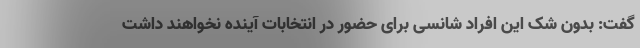
گفت: بدون شک این افراد شانسی برای حضور در انتخابات آینده نخواهند داشت